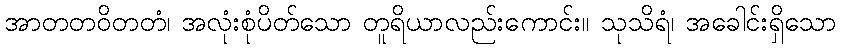
အာတတဝိတတံ၊ အလုံးစုံပိတ်သော တူရိယာလည်းကောင်း။ သုသိရံ၊ အခေါင်းရှိသော